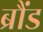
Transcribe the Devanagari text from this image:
ब्रौंड